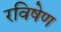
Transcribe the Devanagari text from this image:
रविषेण